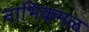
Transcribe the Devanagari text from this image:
नाभिकमळ